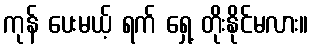
ကုန် ပေးမယ့် ရက် ရှေ့ တိုးနိုင်မလား။